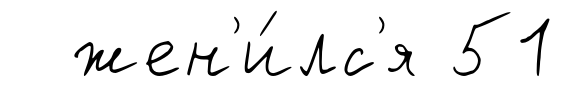
жен'и́лс'я 51